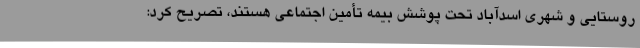
روستایی و شهری اسدآباد تحت پوشش بیمه تأمین اجتماعی هستند، تصریح کرد: